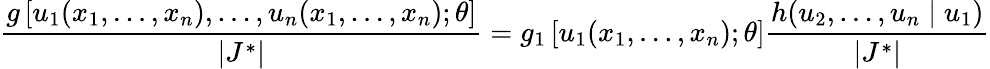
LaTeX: {\frac{g\left[u_{1}(x_{1},\dots,x_{n}),\dots,u_{n}(x_{1},\dots,x_{n});\theta\right]}{|J^{*}|}}=g_{1}\left[u_{1}(x_{1},\dots,x_{n});\theta\right]{\frac{h(u_{2},\dots,u_{n}\mid u_{1})}{|J^{*}|}}